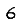
Digit: 6